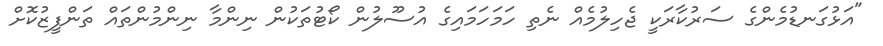
"އަޅުގަނޑުމެންގެ ސަރުކާރަކީ ޖެހިލުމެއް ނެތި ހަމަހަމައިގެ އުސޫލުން ކޯޓުތަކުން ނިންމާ ނިންމުންތައް ތަންފީޒުކޮށް